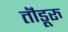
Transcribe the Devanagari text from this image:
तॊंडूरु